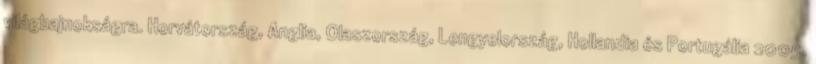
világbajnokságra. Horvátország, Anglia, Olaszország, Lengyelország, Hollandia és Portugália 2005.